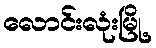
လောင်းလုံးမြို့